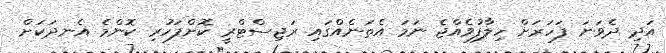
އަދި ދެވަނަ ފަހަރަށް ހިލާފުވެއްޖެ ނަމަ އެތަނެއްގައި ރަޖިސްޓްރީ ކޮށްފަހުރި ކޮންމެ އެނދަކަށް